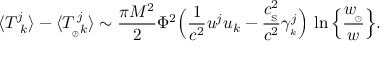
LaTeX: \langle { T _ { \ k } ^ { j } } \rangle - \langle T _ { _ { \oslash } k } ^ { \, j } \rangle \sim { \frac { \pi M ^ { 2 } } { 2 } } \Phi ^ { 2 } \Big ( { \frac { 1 } { c ^ { 2 } } } u ^ { j } u _ { k } - { \frac { c _ { _ \mathrm { S } } ^ { 2 } } { c ^ { 2 } } } \gamma _ { _ k } ^ { j } \Big ) \, \ln \Big \{ { \frac { w _ { \! _ { \odot } } } { w } } \Big \} .